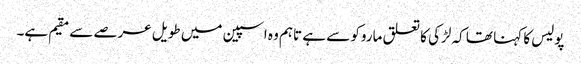
پولیس کا کہنا تھا کہ لڑکی کا تعلق ماروکو سے ہے تاہم وہ اسپین میں طویل عرصے سے مقیم ہے۔